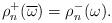
LaTeX: \begin{align*}\rho_n^+(\overline{\omega}) = \rho_n^-(\omega).\end{align*}